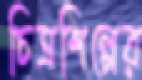
চিত্রশিল্পের